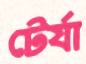
টের্যা